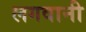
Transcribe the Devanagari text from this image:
लगवानी